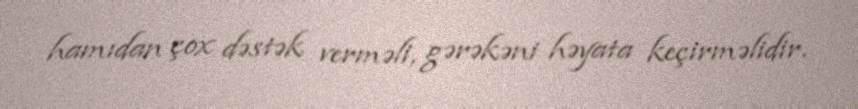
hamıdan çox dəstək verməli, gərəkəni həyata keçirməlidir.